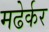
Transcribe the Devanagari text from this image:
मढेर्कर